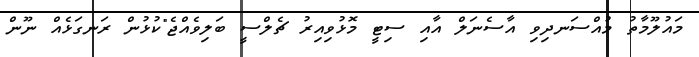
މައުލޫމާތު މުއްސަނދިވި އާސެނަލް އާއި ސިޓީ މޮޅުވިއިރު ޗެލްސީ ބަލިވެއްޖެ"ކުޅުން ރަނގަޅެއް ނޫން